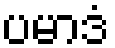
ပမာဒံ